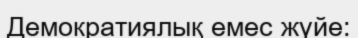
Демократиялық емес жүйе: